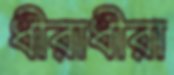
ধীরাধীরা